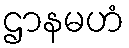
ဌာနမဟံ